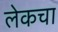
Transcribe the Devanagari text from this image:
लेकचा